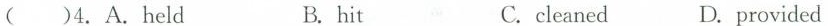
( )4.A.held B.hit C.cleaned D.provided